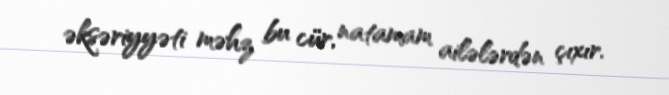
əksəriyyəti məhz bu cür, natamam ailələrdən çıxır.